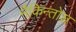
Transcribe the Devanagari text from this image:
मैकिन्तोश